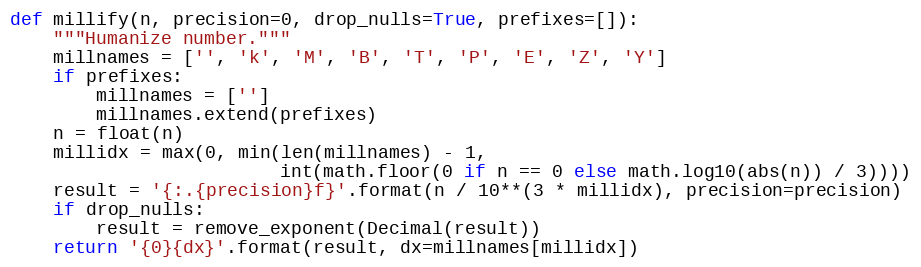
Language: Python
def millify(n, precision=0, drop_nulls=True, prefixes=[]):
    """Humanize number."""
    millnames = ['', 'k', 'M', 'B', 'T', 'P', 'E', 'Z', 'Y']
    if prefixes:
        millnames = ['']
        millnames.extend(prefixes)
    n = float(n)
    millidx = max(0, min(len(millnames) - 1,
                         int(math.floor(0 if n == 0 else math.log10(abs(n)) / 3))))
    result = '{:.{precision}f}'.format(n / 10**(3 * millidx), precision=precision)
    if drop_nulls:
        result = remove_exponent(Decimal(result))
    return '{0}{dx}'.format(result, dx=millnames[millidx])